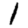
Digit: 1